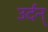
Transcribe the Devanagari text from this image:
उर्दन्